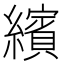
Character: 繽